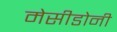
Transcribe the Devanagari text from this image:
मेसीडोनी